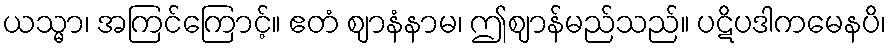
ယသ္မာ၊ အကြင်ကြောင့်။ ဧတံ ဈာနံနာမ၊ ဤဈာန်မည်သည်။ ပဋိပဒါကမေနပိ၊